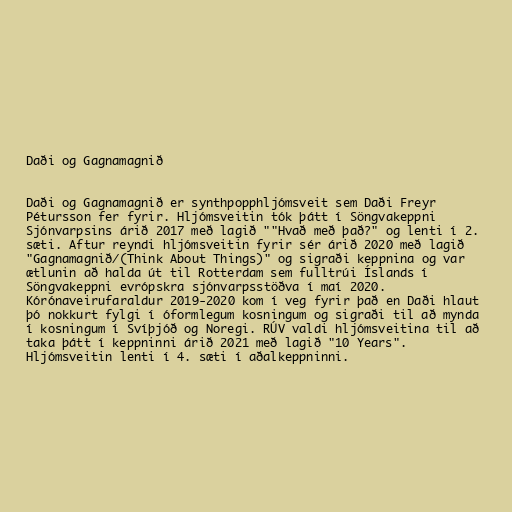
Daði og Gagnamagnið

Daði og Gagnamagnið er synthpopphljómsveit sem Daði Freyr
Pétursson fer fyrir. Hljómsveitin tók þátt í Söngvakeppni
Sjónvarpsins árið 2017 með lagið ""Hvað með það?" og lenti í 2.
sæti. Aftur reyndi hljómsveitin fyrir sér árið 2020 með lagið
"Gagnamagnið/(Think About Things)" og sigraði keppnina og var
ætlunin að halda út til Rotterdam sem fulltrúi Íslands í
Söngvakeppni evrópskra sjónvarpsstöðva í maí 2020.
Kórónaveirufaraldur 2019-2020 kom í veg fyrir það en Daði hlaut
þó nokkurt fylgi í óformlegum kosningum og sigraði til að mynda
í kosningum í Svíþjóð og Noregi. RÚV valdi hljómsveitina til að
taka þátt í keppninni árið 2021 með lagið "10 Years".
Hljómsveitin lenti í 4. sæti í aðalkeppninni.